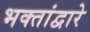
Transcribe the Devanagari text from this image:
भक्तांद्वारे